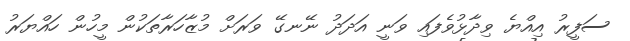
ސަފީރު އިއްޔެ ވިދާޅުވެފައި ވަނީ އަދަދު ނޭނގޭ ވަރަށް މުޒާހަރާތަކުން މީހުން ހައްޔަރު